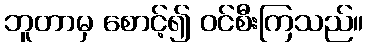
ဘူတာမှ စောင့်၍ ဝင်စီးကြသည်။